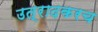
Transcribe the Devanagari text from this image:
उत्रादकरच